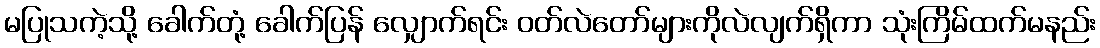
မပြုသကဲ့သို့ ခေါက်တုံ့ ခေါက်ပြန် လျှောက်ရင်း ဝတ်လဲတော်များကိုလဲလျက်ရှိကာ သုံးကြိမ်ထက်မနည်း